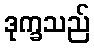
ဒုက္ခသည်